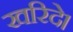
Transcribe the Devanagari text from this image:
खरिदे।